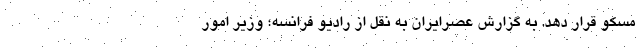
مسکو قرار دهد. به گزارش عصرایران به نقل از رادیو فرانسه؛ وزیر امور